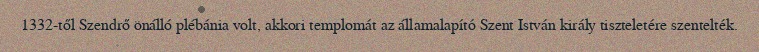
1332-től Szendrő önálló plébánia volt, akkori templomát az államalapító Szent István király tiszteletére szentelték.